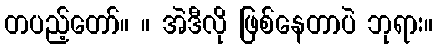
တပည့်တော်။ ။ အဲဒီလို ဖြစ်နေတာပဲ ဘုရား။